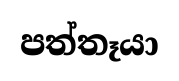
පත්තෑයා